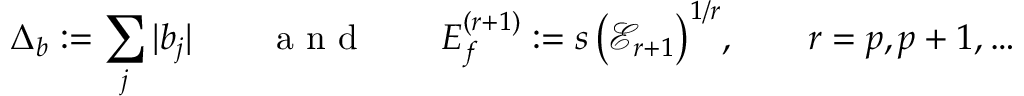
\Delta _ { b } : = \sum _ { j } | b _ { j } | \qquad \mathrm { ~ a ~ n ~ d ~ } \qquad E _ { f } ^ { ( r + 1 ) } : = s \, \big ( \mathcal { E } _ { r + 1 } \big ) ^ { 1 / r } , \qquad r = p , p + 1 , \ldots